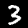
Digit: 3